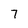
Character: 7